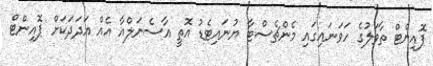
ޕޮއިންޓް ތާވަލުގެ ހަވަނައިގައި މެންޗެސްޓާ ޔުނައިޓެޑު އޮތީ އާސެނަލްއާ އެއް އަދަދަކަށް ޕޮއިންޓް